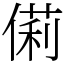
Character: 𠍆